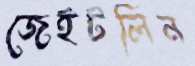
জেইটলিন